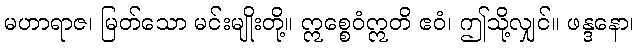
မဟာရာဇ၊ မြတ်သော မင်းမျိုးတို့။ ဣစ္စေဝံဣတိ ဧဝံ၊ ဤသို့လျှင်။ ဖန္ဒနော၊